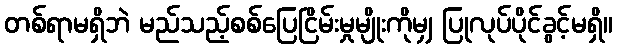
တစ်ရာမရှိဘဲ မည်သည့်စစ်ပြေငြိမ်းမှုမျိုးကိုမျှ ပြုလုပ်ပိုင်ခွင့်မရှိ။